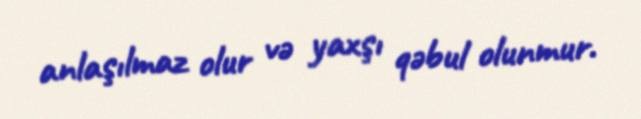
anlaşılmaz olur və yaxşı qəbul olunmur.